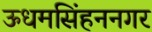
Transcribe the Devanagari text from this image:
ऊधमसिंहननगर